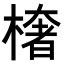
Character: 𭫠